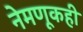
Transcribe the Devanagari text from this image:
नेमणूकही